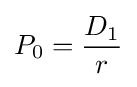
P_{0}={\frac {D_{1}}{r}}